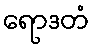
ရောဒတံ